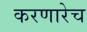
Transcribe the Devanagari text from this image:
करणारेच